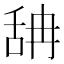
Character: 舑